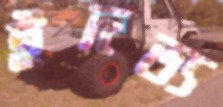
ইদত্য